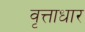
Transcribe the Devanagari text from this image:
वृत्ताधार